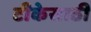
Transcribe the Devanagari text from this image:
टीकेसाठी